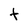
Character: t